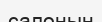
салонын